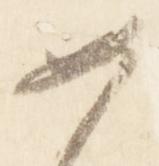
如